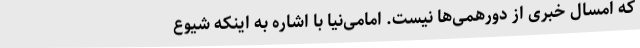
که امسال خبری از دورهمی‌ها نیست. امامی‌نیا با اشاره به اینکه شیوع